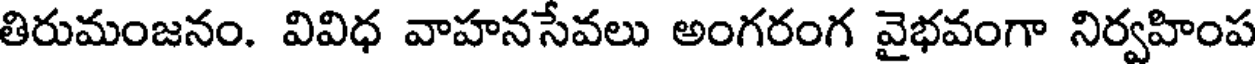
తిరుమంజనం. వివిధ వాహనసేవలు అంగరంగ వైభవంగా నిర్వహింప